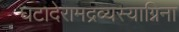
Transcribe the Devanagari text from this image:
घटादेरामद्रव्यस्याग्निना